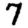
Digit: 7